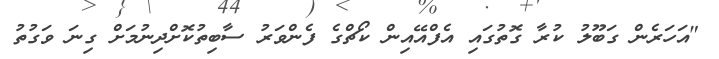
"އަހަރެން ގަބޫލު ކުރާ ގޮތުގައި އެފްއޭއިން ކޯޗްގެ ފެންވަރު ސާބިތުކޮށްދިނުމަށް ގިނަ ވަގުތު